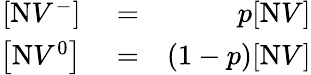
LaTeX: \begin{array}{rlr}{[\mathrm{N}V^{-}]}&{{}=}&{p[\mathrm{N}V]}\\ {\left[\mathrm{N}V^{0}\right]}&{{}=}&{(1-p)[\mathrm{N}V]}\end{array}